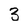
Character: 3